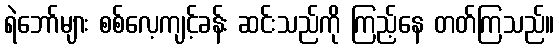
ရဲဘော်များ စစ်လေ့ကျင့်ခန်း ဆင်းသည်ကို ကြည့်နေ တတ်ကြသည်။